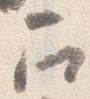
召